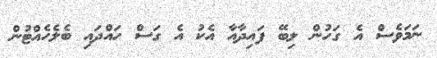
ނަމަވެސް އެ ގަހުން ލިބޭ ފައިދާއާ އެކު އެ ގަސް ހައްދައި ބެލެހެއްޓުން